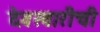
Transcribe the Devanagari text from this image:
देवस्वारीची